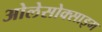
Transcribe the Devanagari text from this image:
ओलेसोक्साइम